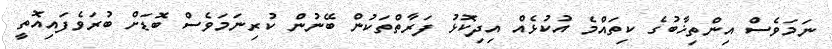
ނަމަވެސް އިންތިޚާބުގެ ކިތައްމެ އުކުޅެއް އިދިކޮޅު ފަރާތްތަކުން ބޭނުން ކުރިނަމަވެސް ބޮޑަށް ބުރަވެފައިއޮތީ